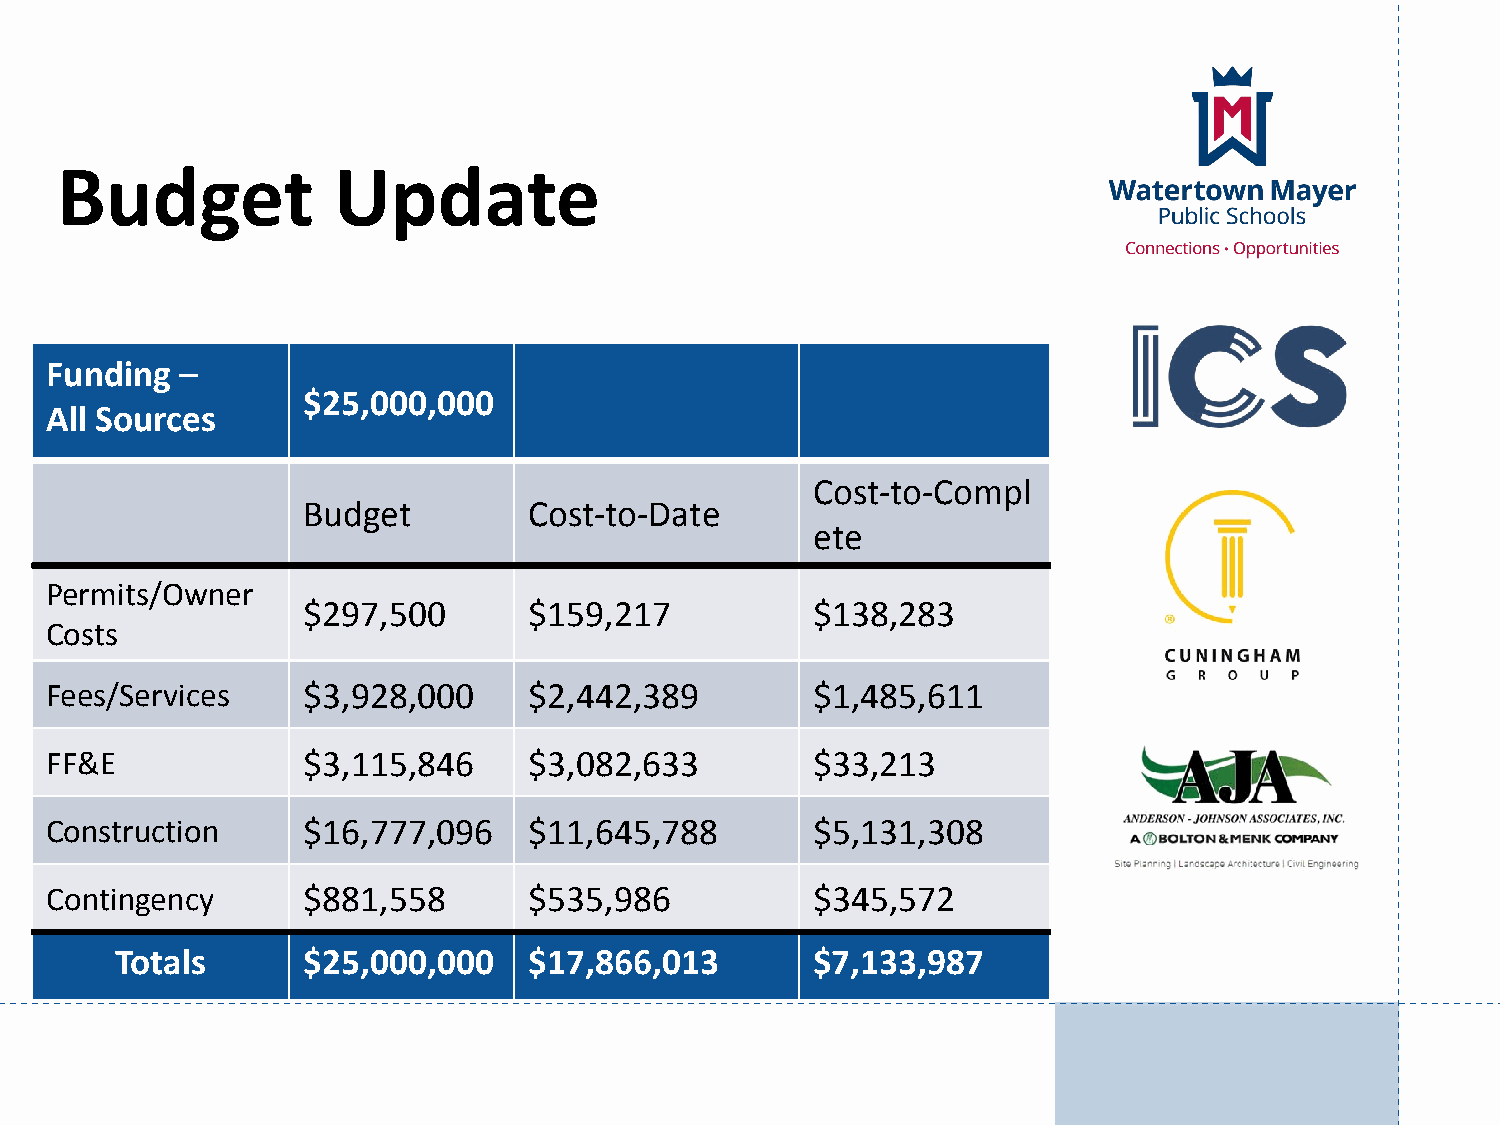
Budget            Update
 Funding  –
 $25,000,000
 All Sources
 Cost-to-Compl
 Budget         Cost-to-Date
 ete
 Permits/Owner
 $297,500       $159,217           $138,283
 Costs
 Fees/Services    $3,928,000     $2,442,389         $1,485,611
 FF&E             $3,115,846     $3,082,633         $33,213
 Construction     $16,777,096    $11,645,788        $5,131,308
 Contingency      $881,558       $535,986           $345,572
 Totals      $25,000,000    $17,866,013        $7,133,987